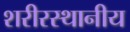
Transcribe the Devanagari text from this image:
शरीरस्थानीय